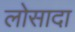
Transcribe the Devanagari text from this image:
लोसादा